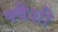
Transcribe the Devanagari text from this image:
क्वैशी